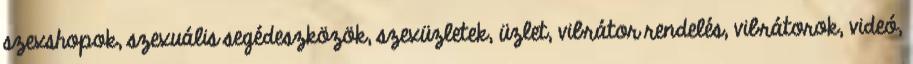
szexshopok, szexuális segédeszközök, szexüzletek, üzlet, vibrátor rendelés, vibrátorok, videó,